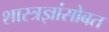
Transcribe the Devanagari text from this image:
शास्त्रज्ञांसोबत